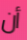
أن